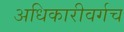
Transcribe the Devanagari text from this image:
अधिकारीवर्गच